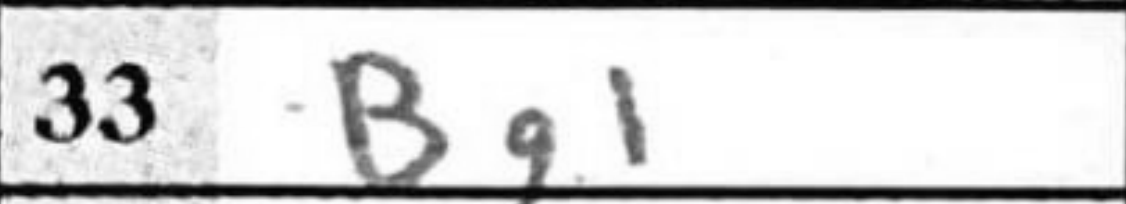
Transcription: Bg1